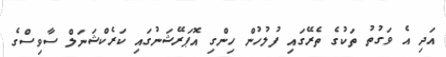
އަދި އެ ވަގުތު ތަކުގެ ތެރޭގައި ފުލުހުން ހިންގި އޮޕަރޭޝަނުގައި ކަރެކްޝަނަލް ސާވިސްގެ